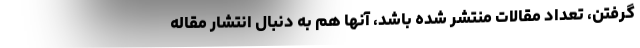
گرفتن، تعداد مقالات منتشر شده باشد، آنها هم به دنبال انتشار مقاله